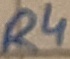
Text: R4